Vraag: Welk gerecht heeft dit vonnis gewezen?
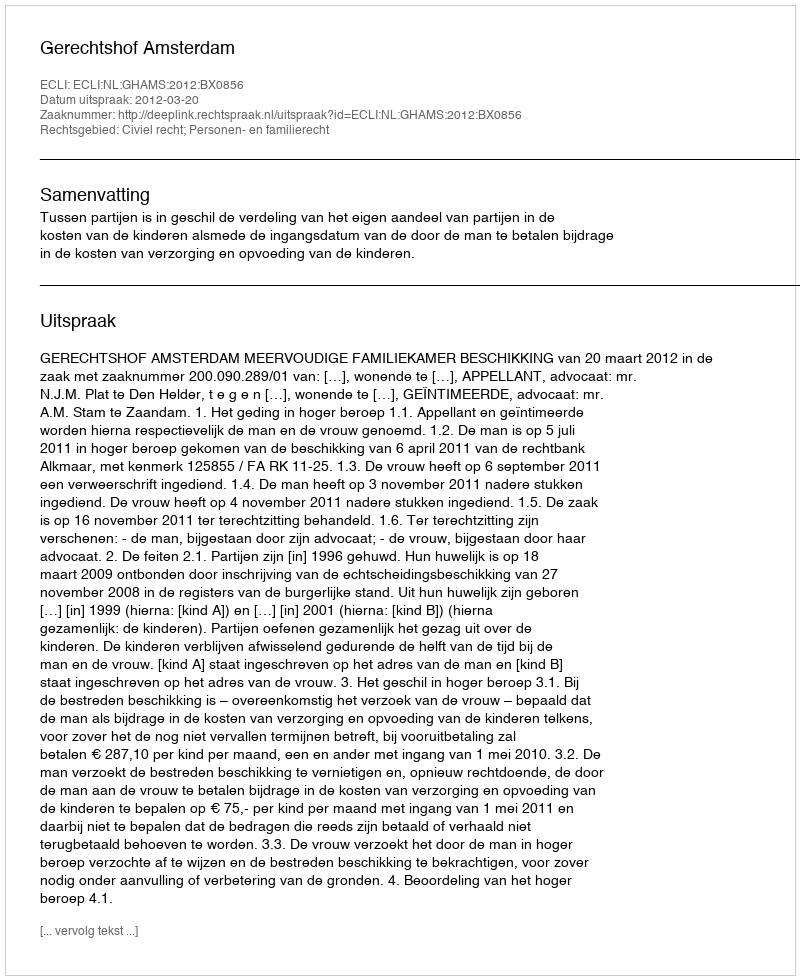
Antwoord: Gerechtshof Amsterdam